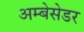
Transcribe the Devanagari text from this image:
अम्बेसेडर